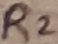
Text: R2